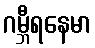
ဂမ္ဘီရနေမာ